Annual statistical returns and brief notes on vaccination in Bengal - 1909-1929
Year: 1909
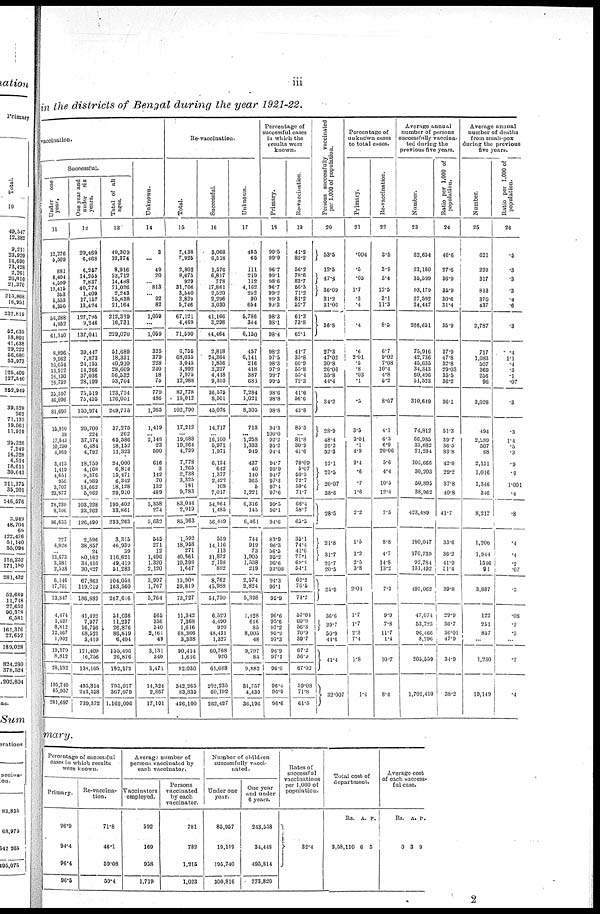
iii
in the districts of Bengal during the year 1921-22.
vaccination.
Successful.
Under
one
year.
11
12,276
5,509
881
6,404
4,599
19,415
353
5,553
6,350
56,388
4,052
61,340
8,896
9,962
16,054
13,912
16,130
16,739
35,597
46,096
81,693
15,910
38
17,843
10,250
4,569
3,415
1,419
4,651
956
3,707
23,877
78,239
8,396
86,635
227
4,028
...
13,673
3,381
2,538
6,146
17,701
23,847
4,474
1,427
8,812
12,467
1,002
19,370
8,812
28,182
195,740
85,957
281,697
One year and
under
six
years.
12
29,460
6,468
6,257
14,255
7,837
40,774
1,409
17,167
13,424
127,795
9,246
137,041
39,447
7,873
24,153
14,266
37,036
28,199
75,519
75,455
150,974
20,700
224
37,374
6,484
4,792
18,759
4,168
9,376
4,989
13,062
5,962
103,228
23,262
126,490
2,596
38,857
24
b0,162
34,416
30,827
67,863
119,019
186,882
41,492
7,977
16,756
68,521
3,419
121,409
16,756
138,165
495,814
213,558
739,372
Total of all
ages.
13
49,309
12,374
8,916
23,712
14,488
71,026
2,243
25,838
21,164
212,339
16,731
229,070
51,689
18,331
40,910
28,609
56,532
53,704
123,724
126,051
249,775
37,275
262
65,586
18,152
11,323
24,000
6,814
15,471
6,342
18,128
29,910
199,402
33,861
233,263
3,315
46,939
39
116,621
49,419
51,283
104,056
163,560
267,616
51,036
11,237
26,876
86,819
6,404
155,496
26,876
182,372
795,017
367,079
1,162,096
Unknown.
14
3
...
49
20
... 813
... 92
82
1,059
...
1,069
325
379
228
240
18
75
779
486
1,265
1,419
... 2,148
23
590
616
3
142
70
132
489
5,358
274
5,632
545
271
12
1,496
1,320
2,120
3,997
1,767
5,764
565
856
340
2,161
49
3,131
340
3,471
14,324
2,867
17,191
Re-vaccination.
Total.
15
7,438
7,925
2,802
8,675
929
31,706
3,540
2,829
5,746
67,121
4,469
71,590
6,755
68,035
3,045
3,992
7.975
12,988
87,778
15,012
102,790
17,212
...
19,688
19,264
4,729
7,778
1,265
2,738
3,325
181
9,783
63,044
2,919
85,963
1,592
18,958
271
40,361
10,398
1,647
13,908
59,819
73,727
11,342
7,368
1,616
68,366
3,338
90,414
1,616
92,030
342,265
83,835
426,100
Successful.
16
3,068
6,518
1,576
6,817
778
17,861
2,520
2,296
3,030
41,166
3,298
44,464
2,818
24,364
1,856
2,227
4,418
9,393
36,575
8,501
45,076
14,717
... 16,100
5,971
1,971
6,124
642
1,377
2,422
108
7,017
54,964
1,485
56,449
559
14,116
113
31,872
7,198
892
8,762
45,988
54,750
6,520
4,490
920
48,431
1,327
60,768
920
61,688
202,235
60,192
262,427
Unknown.
17
485
65
111
219
112
4,162
252
90
654
5,786
364
6,150
457
6,141
216
418
387
681
7,284
1,021
8,305
713
... 1,258
1,333
919
437
40
140
365
5
1,221
6,316
145
6,461
744
919
73
1,905
1,538
219
2,574
2,824
5,398
1,128
616
85
8,005
48
9,797
85
9,882
31,757
4,439
36,196
Percentage of
successful cases
in which the
results were
known.
Primary.
18
99.5
99.9
96.7
99.1
98.6
96.7
99.2
99.3
99.3
98.3
98.1
98.4
98.2
97.5
98.3
97.9
99.7
99.5
98.6
98.8
98.8
94.3
100.0
92.2
95.2
94.4
94.7
93.0
94.7
97.3
97.4
97.6
99.5
96.1
94.6
83.9
96.3
56.5
95.2
96.6
93.08
94.3
96.1
95.9
96.6
95.6
97.2
95.9
97.3
96.9
97.1
96.0
96.4
96.9
96.6
Re-vaccination.
19
41.2
82.2
56.2
78.6
83.7
56.3
71.2
81.2
52.7
61.3
73.8
62.1
41.7
35.8
60.9
55.8
55.4
72.3
41.6
56.6
43.8
85.5
... 81.8
30.9
41.6
78.09
5.07
60.3
72.7
59.6
71.7
66.4
58.7
65.5
36.1
74.4
41.6
77.1
69.2
54.1
62.2
76.5
74.2
57.01
60.9
56.3
70.9
39.7
67.2
56.9
67.02
59.08
71.8
61.5
Persons successfully vaccinated
per 1,000 of population.
20
53.5
12.5
47.4
36.09
31.2
31.06
36. 8
27.3
47.02
30.8
26.06
35.8
44.4
34.2
28.9
48.4
26.2
52.3
12.1
23.5
20.07
38.6
28.5
21.8
31.7
25.7
20.5
25.9
36.6
29.7
50.9
41.6
41.4
32.007
Percentage of
unknown cases
to total cases.
Primary.
21
.004
.5
.05
1.7
.3
.4
.4
.6
2.01
.5
.8
.03
.1
.5
3.5
3.01
.1
4.9
2.4
.6
.7
1.6
2.2
1.5
1.2
2.5
3.8
2.04
1.7
1.7
2.3
7.4
1.8
1.4
Re-vaccination.
22
3.5
3.9
3.4
12.5
3.1
11.3
8.5
6.7
9.02
7.08
10.4
4.8
5.2
8.07
4.1
6.3
6.9
20.06
6.6
4.4
10.5
12.4
7.5
8.8
4.7
14.8
13.2
7.3
9.9
7.8
11.7
1.4
10.7
8.4
Average annual
number of persons
successfully vaccina-
ted during the
previous five years.
Number.
23
62,654
23,180
35,599
93,179
27,592
24,447
266,651
75,916
42,736
45,635
34,343
60,496
51,523
310,649
74,812
66,985
33,682
21,284
106,666
30,203
50,895
38,962
423,489
100,047
170,739
92,784
131,192
495,062
47,074
53,723
96,466
8,296
205,559
1,701,410
Ratio per 1,000 of
population.
24
46.6
27.6
36.9
35.9
30.6
31.4
35.9
37.9
47.8
32.8
29.03
35.5
36.2
36.1
51.3
39.7
36.5
83.8
42.8
29.2
37.8
40.8
41.7
33.6
36.2
41.9
51.4
39.8
29.9
36.7
36.01
47.9
34.9
38.2
Average annual
number of deaths
from small-pox
during the previous
five years.
Number.
25
621
229
317
813
370
437
2,787
.717
1,083
507
369
256
96
3,028
494
2,289
507
68
2,151
1,016
1,346
346
8,217
1,208
1,944
1516
91
3,887
122
251
857
...
1,230
19,149
Ratio per 1,000 of
population.
26
.5
.3
.3
.3
.4
.6
.3
.4
1.1
.4
.3
.1
.07
.3
.3
1.4
.5
.3
.9
.9
1.001
.4
.8
.4
.4
.2
.07
.3
.08
.2
.3
...
.2
.4
mary.
Percentage of successful
cases in which results
were known.
Primary.
96.0
94.4
96.4
96.5
Re-vaccina¬
tion.
71.8
46.1
59.08
59.4
Average number of
persons vaccinated by
each vaccinator.
Vaccinators
employed.
592
169
958
1,719
Persons
vaccinated
by each
vaccinator.
781
782
1,215
1,023
Number of children
successfully vacci-
nated.
Under one
year.
85,957
19,119
195,740
300,816
One year
and under
6 years.
243,558
34,448
495,814
773,820
Rates of
successf
vaccinat
per 1,000
populatio
32.4
Total cost of
department.
Rs.
3,58,110
A.
6
P.
5
Average cost
of each success-
ful case.
Rs.
0
A.
3
P.
9
2